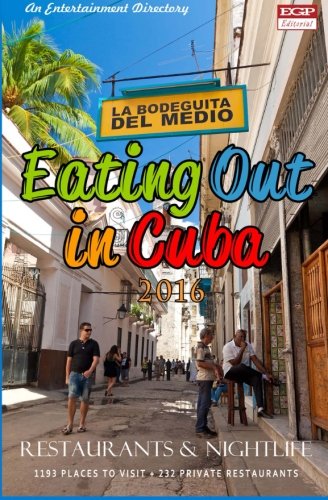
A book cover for Eating Out in Cuba 2016: Best Rated Restaurants Restaurants, Cafes, Bars and Nightclubs in Cuba, 2016; Yardley G Castro; Travel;